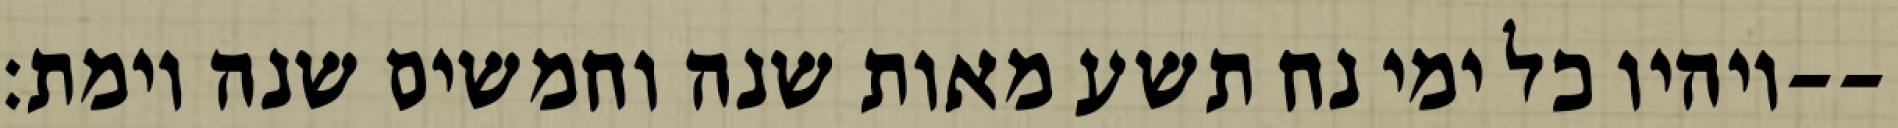
ויהיו כל ימי נח תשע מאות שנה וחמשים שנה וימת׃--